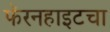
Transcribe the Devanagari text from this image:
फॅरनहाइटचा